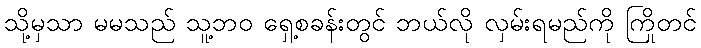
သို့မှသာ မမသည် သူ့ဘဝ ရှေ့စခန်းတွင် ဘယ်လို လှမ်းရမည်ကို ကြိုတင်